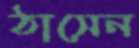
ঠাসেন